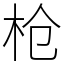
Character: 枪